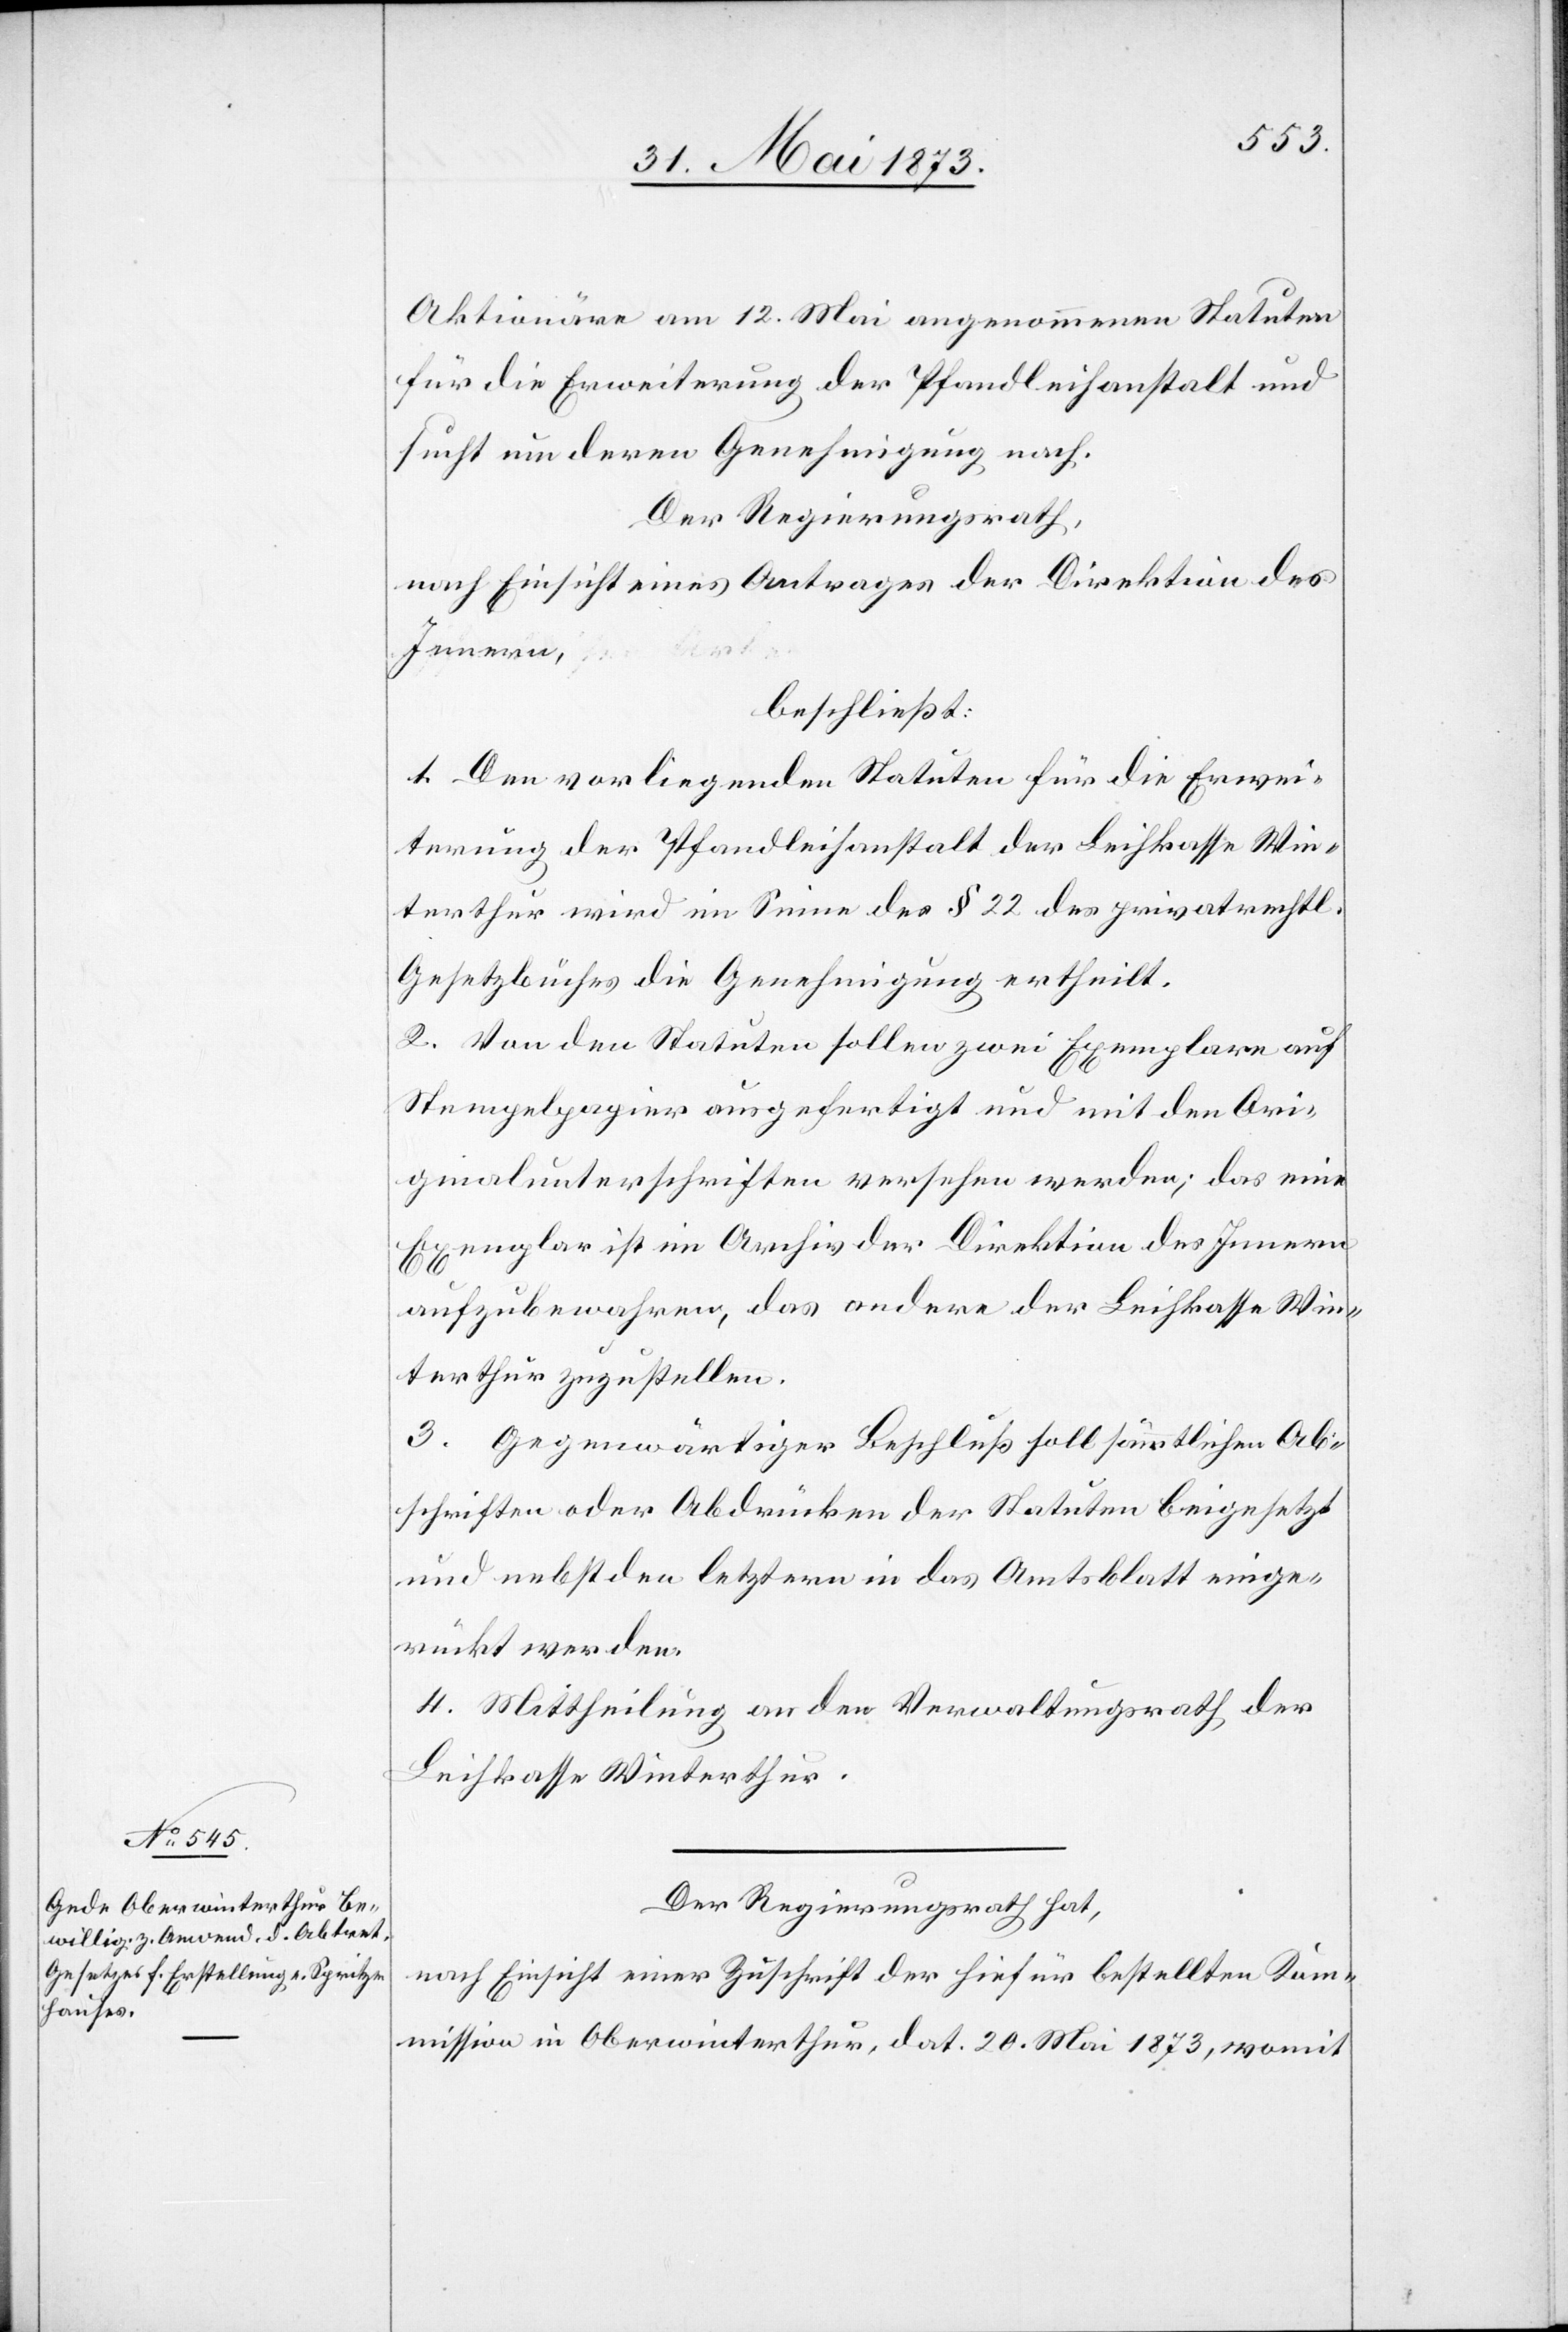
Aktionäre am 12. Mai angenommenen Statuten
für die Erweiterung der Pfandleihanstalt und
sucht um deren Genehmigung nach.
Der Regierungsrath,
nach Einsicht eines Antrages der Direktion des
Innern,
beschließt:
1. Den vorliegenden Statuten für die Erwei¬
terung der Pfandleihanstalt der Leihkasse Win¬
terthur wird im Sinne des § 22 des privatrechtl.
Gesetzbuches die Genehmigung ertheilt.
2. Von den Statuten sollen zwei Exemplare auf
Stempelpapier ausgefertigt und mit den Ori¬
ginalunterschriften versehen werden; das eine
Exemplar ist im Archiv der Direktion des Innern
aufzubewahren, das andere der Leihkasse Win¬
terthur zuzustellen.
3. Gegenwärtiger Beschluß soll sämmtlichen Ab¬
schriften oder Abdrücken der Statuten beigesetzt
und nebst den letztern in das Amtsblatt einge¬
rückt werden.
4. Mittheilung an den Verwaltungsrath der
Leihkasse Winterthur.
Der Regierungsrath hat,
nach Einsicht einer Zuschrift der hiefür bestellten Kom¬
mission in Oberwinterthur, dat. 20. Mai 1873, womit